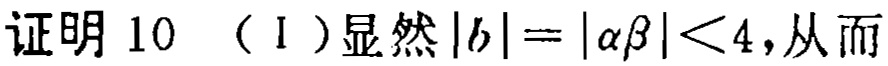
证明 10 （I ）显然\(|b| = |\alpha\beta| < 4\)，从而